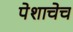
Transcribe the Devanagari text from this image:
पेशाचेच